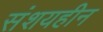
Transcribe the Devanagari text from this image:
संशयहीन